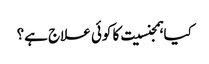
کیا ہمجنسیت کا کوئی علاج ہے؟